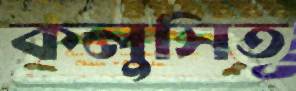
কলুসিত